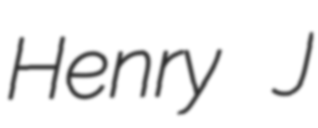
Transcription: Henry J